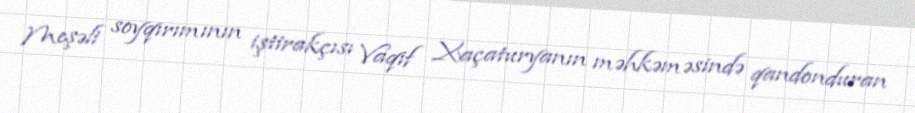
Meşəli soyqırımının iştirakçısı Vaqif Xaçaturyanın məhkəməsində qandonduran